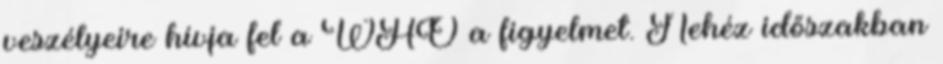
veszélyeire hívja fel a WHO a figyelmet. Nehéz időszakban